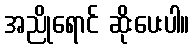
အညိုရောင် ဆိုးပေးပါ။